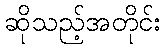
ဆိုသည့်အတိုင်း